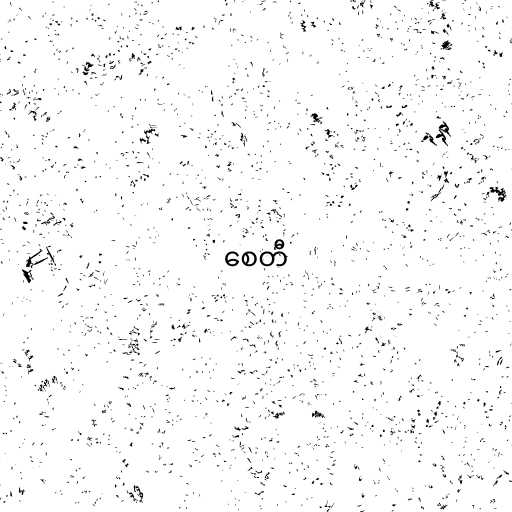
စေတီ